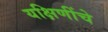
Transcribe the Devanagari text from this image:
यक्षिणींचे